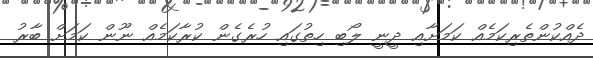
ދެއްކުންތެރިކަމެއް ކަމަށާއި ދީނީ ލޯބި ހިތުގައި ހުރެގެން ކުރާކަމެއް ނޫން ކަމަށް ބާރު